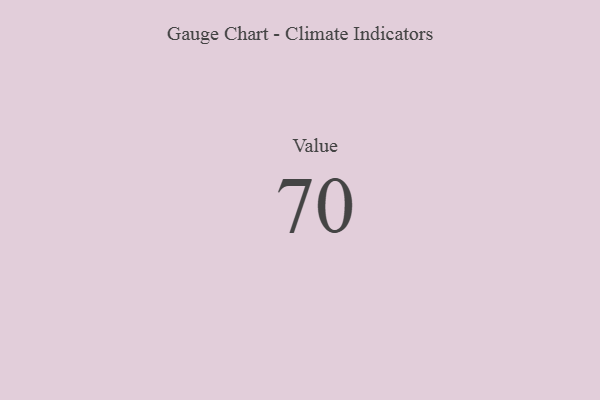
{"axis": {"x": "Metric", "y": "Value"}, "legend": [""], "data": [{"x": "Value", "y": 70, "type": ""}]}